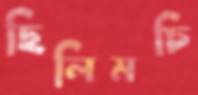
ছিলিমচি